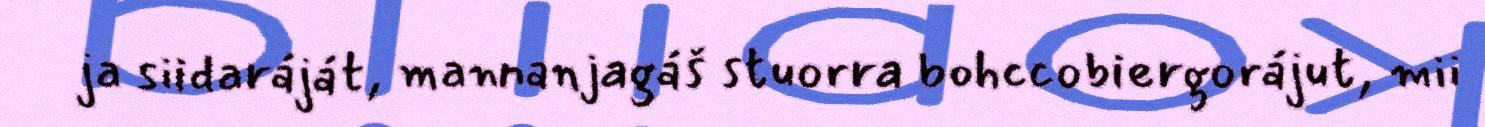
ja siidaráját, mannanjagáš stuorra bohccobiergorájut, mii